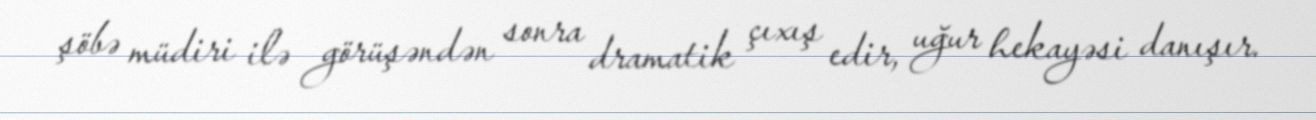
şöbə müdiri ilə görüşəndən sonra dramatik çıxış edir, uğur hekayəsi danışır.